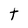
Character: t